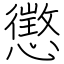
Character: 懲